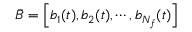
\bar { B } = \left[ b _ { 1 } ( t ) , b _ { 2 } ( t ) , \cdots , b _ { N _ { f } } ( t ) \right]